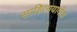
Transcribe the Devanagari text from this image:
साहित्ययादीत